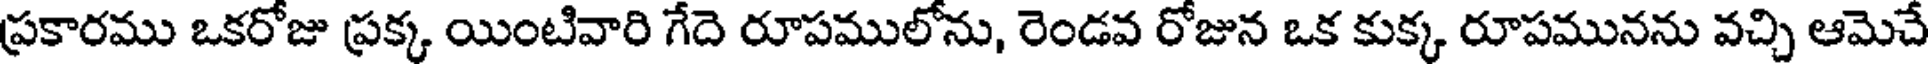
ప్రకారము ఒకరోజు ప్రక్క యింటివారి గేదె రూపములోను, రెండవ రోజున ఒక కుక్క రూపమునను వచ్చి ఆమెచే